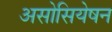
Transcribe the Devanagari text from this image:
असोसियेषन